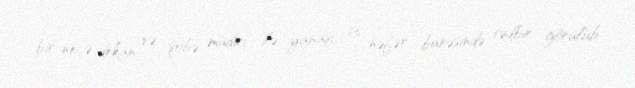
bir neçə dekan və şöbə müdiri ilə yanaşı, 13 nəfər barəsində tədbir görülüb.